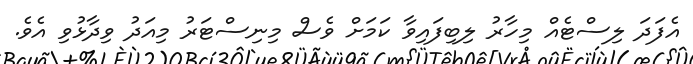
އެފަދަ ލިސްޓެއް މިހާރު ލިބިފައިވާ ކަމަށް ވެސް މިނިސްޓަރު މިއަދު ވިދާޅުވި އެވެ.